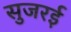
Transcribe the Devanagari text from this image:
सुजरई